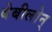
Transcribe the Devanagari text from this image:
बेबीलोन्